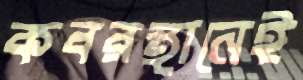
কবরস্থানেই